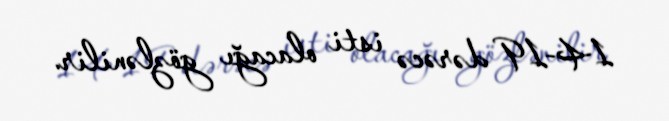
14-19 dərəcə isti olacağı gözlənilir.